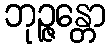
ဘုဉ္ဇန္တော